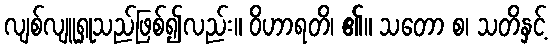
လျစ်လျူရှုသည်ဖြစ်၍လည်း။ ဝိဟာရတိ၊ ၏။ သတော စ၊ သတိနှင့်